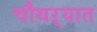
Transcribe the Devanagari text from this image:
चौथऱ्यात